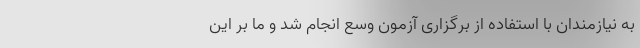
به نیازمندان با استفاده از برگزاری آزمون وسع انجام شد و ما بر این